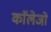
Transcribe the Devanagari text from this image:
काॅलेजो